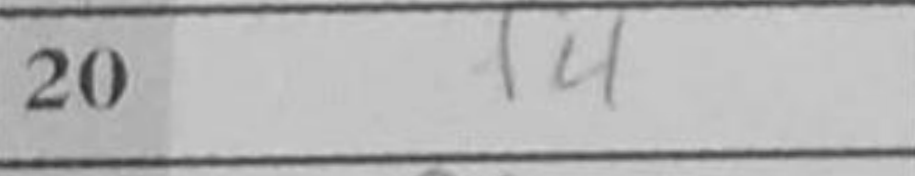
Transcription: f4